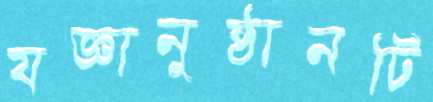
যজ্ঞানুষ্ঠানটি